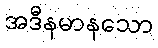
အဒီနမာနသော